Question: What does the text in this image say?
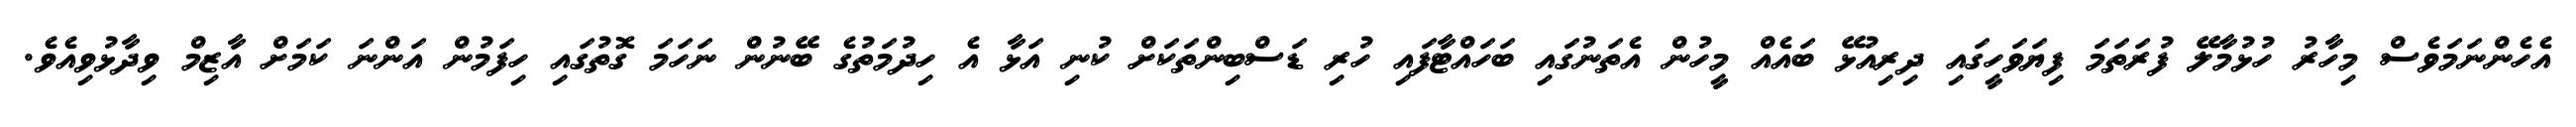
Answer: އެހެންނަމަވެސް މިހާރު ހުޅުމާލޭ ފުރަތަމަ ފިޔަވަހީގައި ދިރިއުޅޭ ބައެއް މީހުން އެތަނުގައި ބަހައްޓާފައި ހުރި ޑަސްބިންތަކަށް ކުނި އަޅާ އެ ހިދުމަތުގެ ބޭނުން ނަހަމަ ގޮތުގައި ހިފަމުން އަންނަ ކަމަށް އާޒިމް ވިދާޅުވިއެވެ.